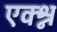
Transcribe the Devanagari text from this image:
एक्श्न